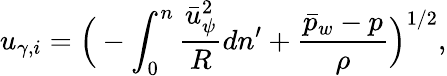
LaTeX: u_{\gamma,i}=\Big(-\int_{0}^{n}\frac{\bar{u}_{\psi}^{2}}{R}dn^{\prime}+\frac{\bar{p}_{w}-p}{\rho}\Big)^{1/2},